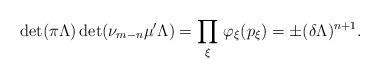
LaTeX: \begin{gather*} \det(\pi \Lambda) \det(\nu_{m-n} \mu' \Lambda) = \prod_\xi \, \varphi_\xi(p_\xi) = \pm(\delta \Lambda)^{n+1}. \end{gather*}